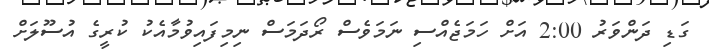
ގަޑި ދަންވަރު 2:00 އަށް ހަމަޖެއްސި ނަމަވެސް ރޯދަމަސް ނިމިފައިވުމާއެކު ކުރީގެ އުސޫލަށް